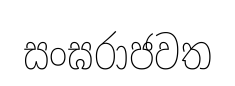
සංඝරාජවත